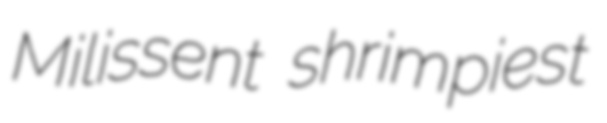
Milissent shrimpiest